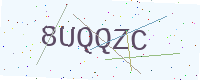
Text: 8UQQZC